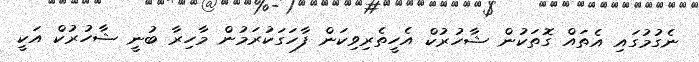
ނެގުމުގައި އެތައް ގޮތަކުން ޝާހުރުކް އެހީތެރިވިކަން ފާހަގަކުރަމުން މާހިރާ ބުނީ ޝާހުރުކް އަކީ